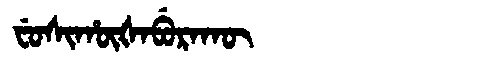
Manchu: ᠸᡠᠰᡳᡥᡡᡧᠠᠪᡠᡵᠠᡴᡡ
Romanization: FUSIHŪŠABURAKŪ